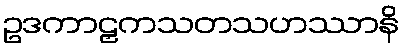
ဥဒကာဠှကသတသဟဿာနိ